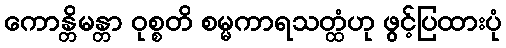
ကောန္တိမန္တာ ဝုစ္စတိ စမ္မကာရသတ္ထံဟု ဖွင့်ပြထားပုံ